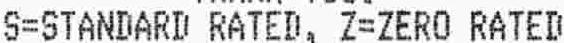
S=STANDARD RATED, Z=ZERO RATED